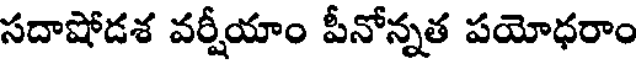
సదాషోడశ వర్షీయాం పీనోన్నత పయోధరాం